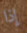
إذا